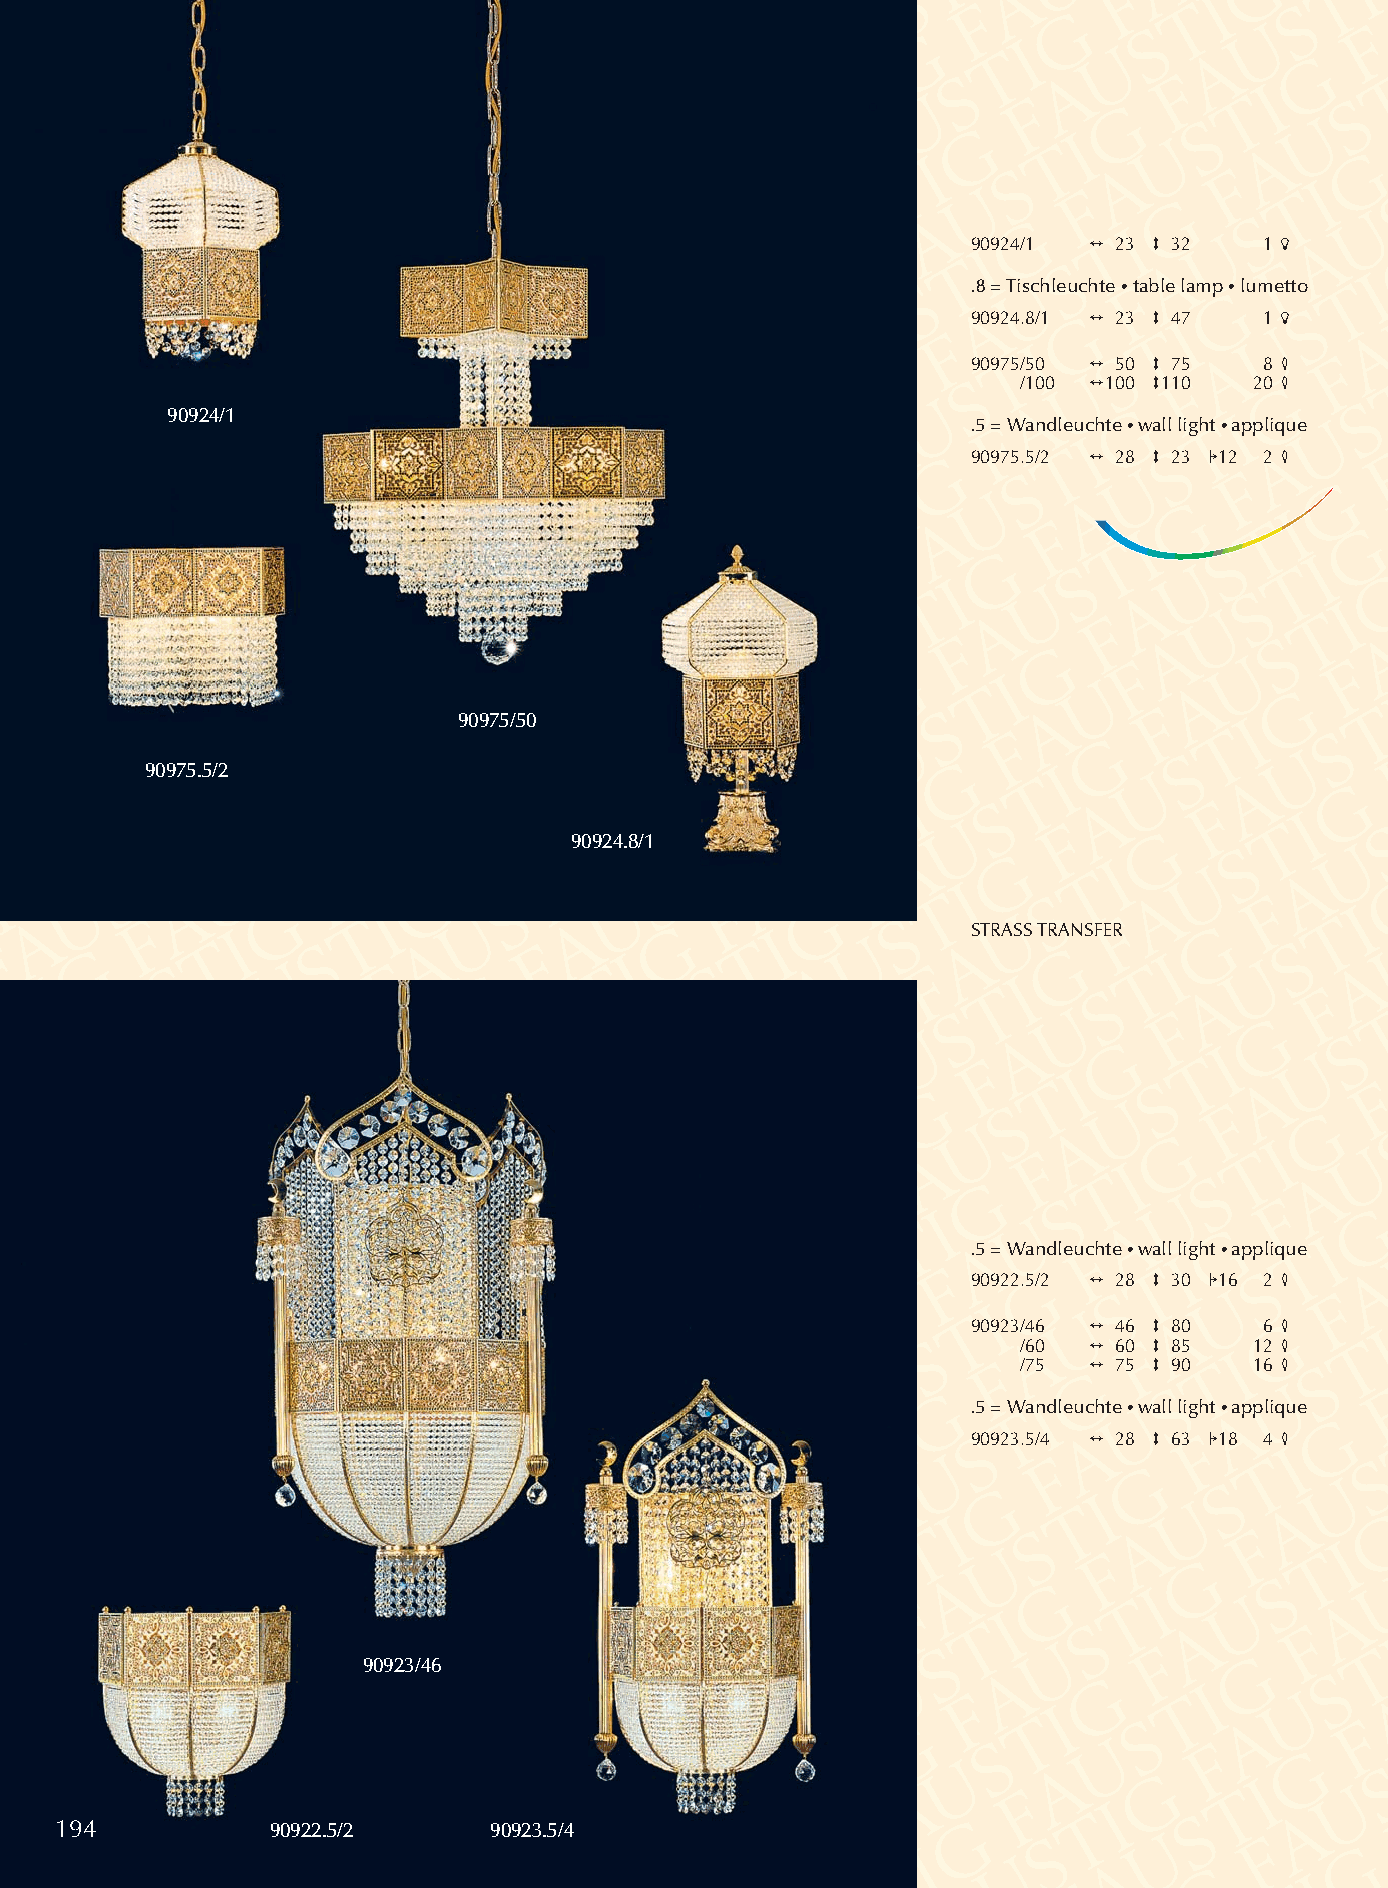
90924/1 2 23 3 32   1 5
 .8 = Tischleuchte •table lamp •lumetto
 90924.8/1 2 23 3 47 1 5
 90975/50 2 50 3 75  8 4
 /100 2100 3110 20 4
 90924/1
 .5 = Wandleuchte •wall light •applique
 90975.5/2 2 28 3 23 112 2 4
 90975/50
 90975.5/2
 90924.8/1
 STRASSTRANSFER
 .5 = Wandleuchte •wall light •applique
 90922.5/2 2 28 3 30 116 2 4
 90923/46 2 46 3 80  6 4
 /60 2 60 3 85  12 4
 /75 2 75 3 90  16 4
 .5 = Wandleuchte •wall light •applique
 90923.5/4 2 28 3 63 118 4 4
 90923/46
 194           90922.5/2     90923.5/4